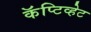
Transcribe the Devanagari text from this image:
कॅप्टिव्हेट